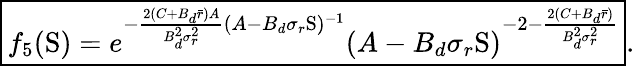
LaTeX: \boxed{f_{5}(\mathrm{S})=e^{-\frac{2(C+B_{d}\bar{r})A}{B_{d}^{2}\sigma_{r}^{2}}(A-B_{d}\sigma_{r}\mathrm{S})^{-1}}\left(A-B_{d}\sigma_{r}\mathrm{S}\right)^{-2-\frac{2(C+B_{d}\bar{r})}{B_{d}^{2}\sigma_{r}^{2}}}}.